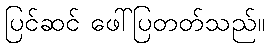
ပြင်ဆင် ဖေါ်ပြတတ်သည်။